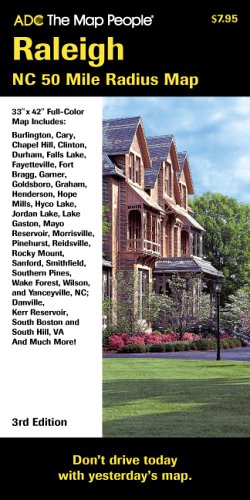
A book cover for ADC the Map People Raleigh, NC 50 Mile Radius Map: Folded; the Map People ADC; Calendars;